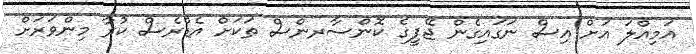
އަމިއްލަ އަށް އިސް ނަަގައިގެން ޖޭޕީގެ ކޮންސާރންސް ތަކަށް އެޑްރެސް ކުރާ މިންވަރަށް